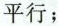
平行；